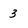
Character: 3